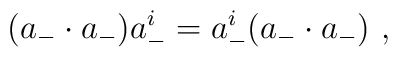
(a_-\cdot a_-) a^i_-=a^i_-(a_-\cdot a_-)\ ,